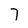
Character: 7